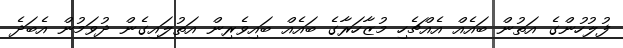
ފުލުހުންގެ އަތުން ބައެއް އެއްޗެހި މުޒާހަރާގެ ބައެއް ބައިވެރިން އަތުލައިގެން ދުވަމުން އެބަދެ